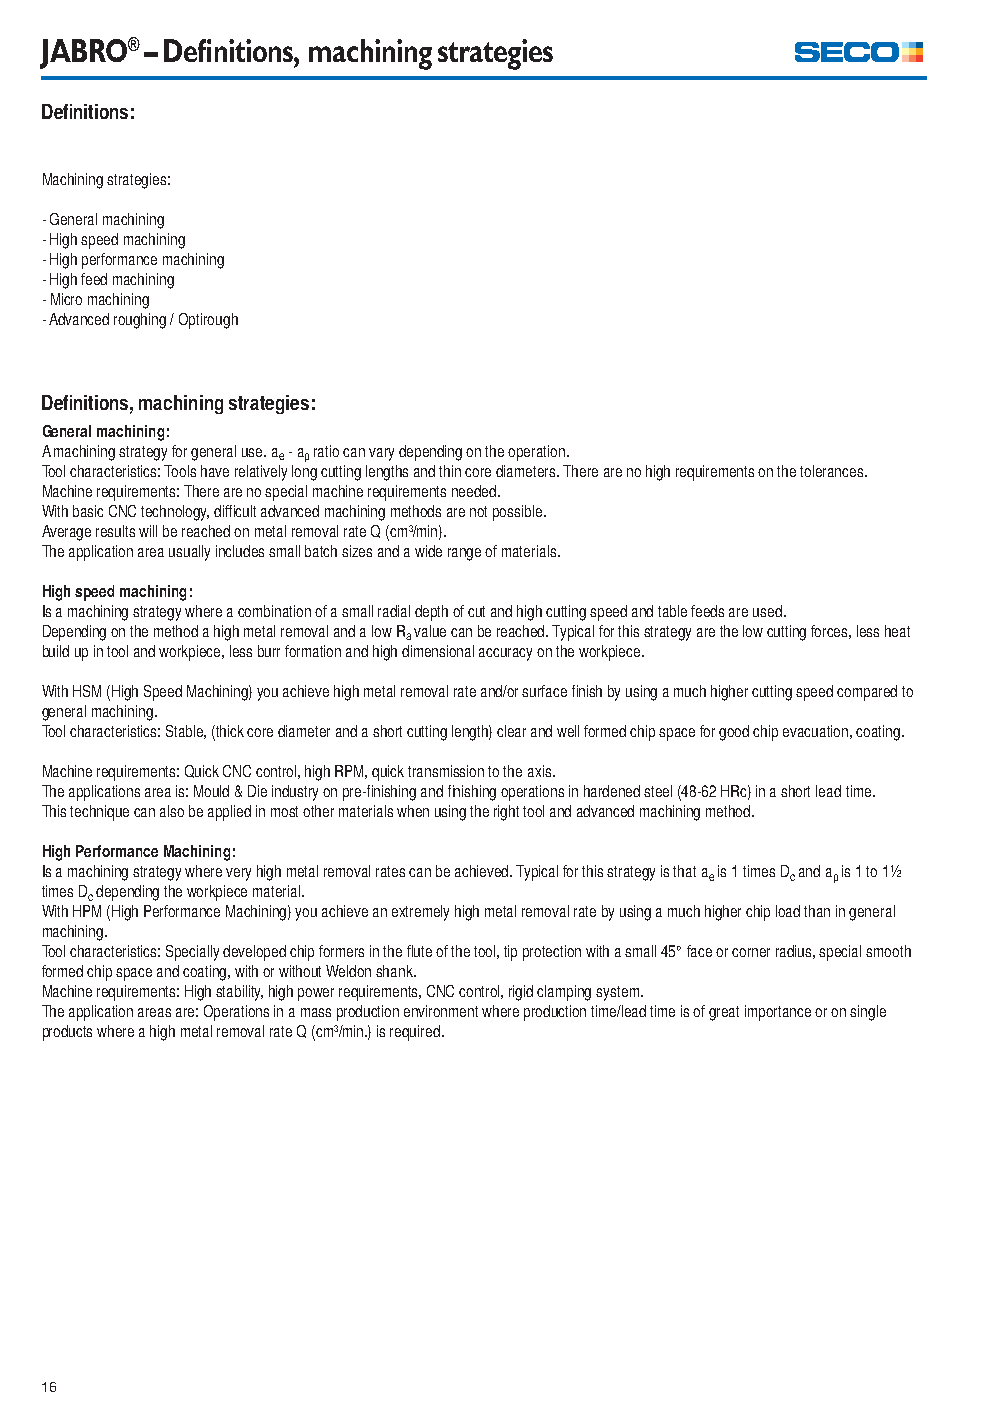
JABRO® – Defi nitions, machining strategies
 Defi nitions:
 Machining strategies:
 - General machining
 - High speed machining
 - High performance machining
 - High feed machining
 - Micro machining
 - Advanced roughing / Optirough
 Defi nitions, machining strategies:
 General machining:
 A machining strategy for general use. a - a ratio can vary depending on the operation.
 e p
 Tool characteristics: Tools have relatively long cutting lengths and thin core diameters. There are no high requirements on the tolerances.
 Machine requirements: There are no special machine requirements needed.
 With basic CNC technology, diffi cult advanced machining methods are not possible.
 Average results will be reached on metal removal rate Q (cm3/min).
 The application area usually includes small batch sizes and a wide range of materials.
 High speed machining:
 Is a machining strategy where a combination of a small radial depth of cut and high cutting speed and table feeds are used.
 Depending on the method a high metal removal and a low R value can be reached. Typical for this strategy are the low cutting forces, less heat
 a
 build up in tool and workpiece, less burr formation and high dimensional accuracy on the workpiece.
 With HSM (High Speed Machining) you achieve high metal removal rate and/or surface fi nish by using a much higher cutting speed compared to
 general machining.
 Tool characteristics: Stable, (thick core diameter and a short cutting length) clear and well formed chip space for good chip evacuation, coating.
 Machine requirements: Quick CNC control, high RPM, quick transmission to the axis.
 The applications area is: Mould & Die industry on pre-fi nishing and fi nishing operations in hardened steel (48-62 HRc) in a short lead time.
 This technique can also be applied in most other materials when using the right tool and advanced machining method.
 High Performance Machining:
 Is a machining strategy where very high metal removal rates can be achieved. Typical for this strategy is that a is 1 times D and a is 1 to 1½
 e    c  p
 times D depending the workpiece material.
 c
 With HPM (High Performance Machining) you achieve an extremely high metal removal rate by using a much higher chip load than in general
 machining.
 Tool characteristics: Specially developed chip formers in the fl ute of the tool, tip protection with a small 45° face or corner radius, special smooth
 formed chip space and coating, with or without Weldon shank.
 Machine requirements: High stability, high power requirements, CNC control, rigid clamping system.
 The application areas are: Operations in a mass production environment where production time/lead time is of great importance or on single
 products where a high metal removal rate Q (cm3/min.) is required.
 16